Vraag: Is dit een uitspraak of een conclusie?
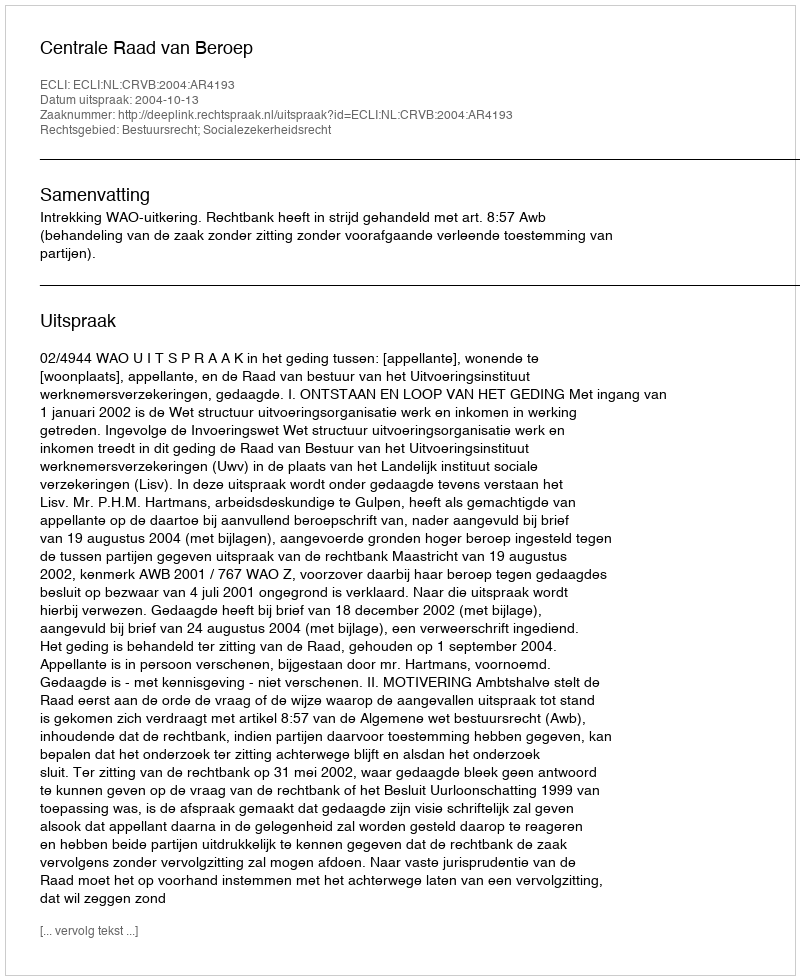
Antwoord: Uitspraak